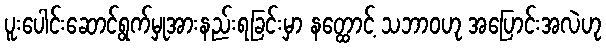
ပူးပေါင်းဆောင်ရွက်မှုအားနည်းရခြင်းမှာ နတ္ထောင့် သဘာဝဟု အပြောင်းအလဲဟု